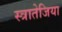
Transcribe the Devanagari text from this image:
स्त्रातेजिया